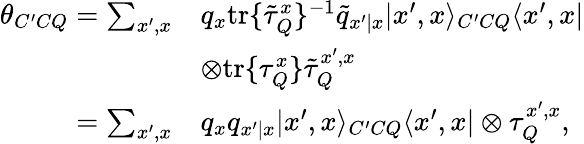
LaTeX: \begin{array}{rl}{\theta_{C^{\prime}CQ}=\sum_{x^{\prime},x}}&{q_{x}\mathrm{tr}\{ \tilde{\tau}_{Q}^{x}\} ^{-1}\tilde{q}_{x^{\prime}|x}|x^{\prime},x\rangle_{C^{\prime}CQ}\langle x^{\prime},x|}\\ &{\otimes\mathrm{tr}\{ \tau_{Q}^{x}\} \tilde{\tau}_{Q}^{x^{\prime},x}}\\ {=\sum_{x^{\prime},x}}&{q_{x}q_{x^{\prime}|x}|x^{\prime},x\rangle_{C^{\prime}CQ}\langle x^{\prime},x|\otimes\tau_{Q}^{x^{\prime},x},}\end{array}